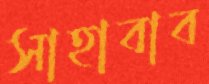
সাহাবাব